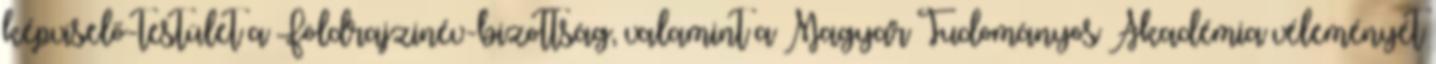
képviselő-testület a Földrajzinév-bizottság, valamint a Magyar Tudományos Akadémia véleményét